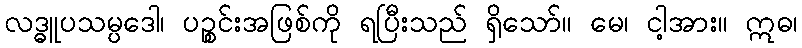
လဒ္ဓူပသမ္ပဒေါ၊ ပဉ္စင်းအဖြစ်ကို ရပြီးသည် ရှိသော်။ မေ၊ ငါ့အား။ ဣဓ၊